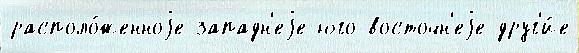
располо́женноjе западн'еjе юго-восточн'еjе друг'и́е